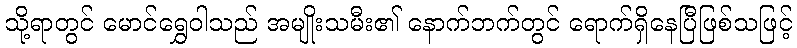
သို့ရာတွင် မောင်ရွှေဝါသည် အမျိုးသမီး၏ နောက်ဘက်တွင် ရောက်ရှိနေပြီဖြစ်သဖြင့်